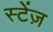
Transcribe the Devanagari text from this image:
स्टेंज़